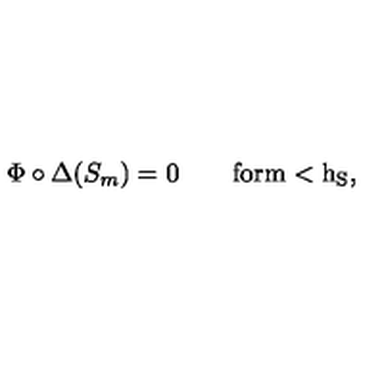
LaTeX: \Phi \circ \Delta ( S _ { m } ) = 0 \qquad \mathrm { f o r m < h _ S , }